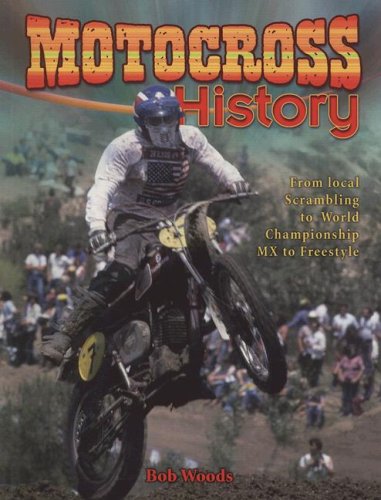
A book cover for Motocross History: From Local Scarmbling to World Championship Mx to Freestyle (Mxplosion!); Bob Woods; Children's Books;